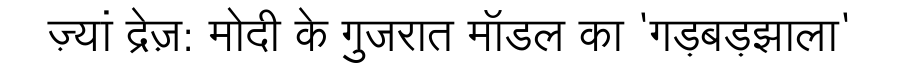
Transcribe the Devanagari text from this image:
ज़्यां द्रेज़: मोदी के गुजरात मॉडल का 'गड़बड़झाला'